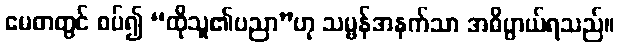
မေဓာတွင် စပ်၍ “ထိုသူ၏ပညာ”ဟု သမ္ဗန်အနက်သာ အဓိပ္ပာယ်ရသည်။